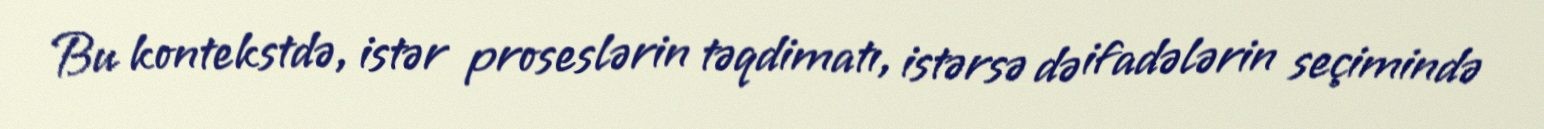
Bu kontekstdə, istər proseslərin təqdimatı, istərsə də ifadələrin seçimində